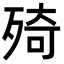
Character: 㱦